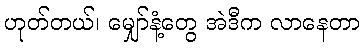
ဟုတ်တယ်၊ မျှော်နံ့တွေ အဲဒီက လာနေတာ